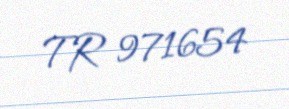
TR 971654